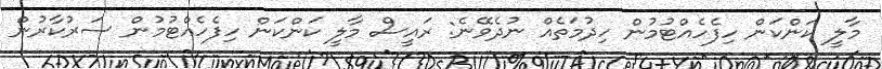
މާލީ ކަންކަން ހިފެހެއްޓުމުން ހިދުމަތެއް ނުދެވޭނެ: ރައީސް މާލީ ކަންކަން ހިފެހެއްޓުމުން ސަރުކާރުން